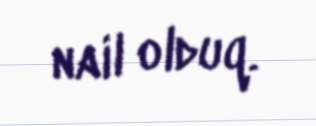
nail olduq.